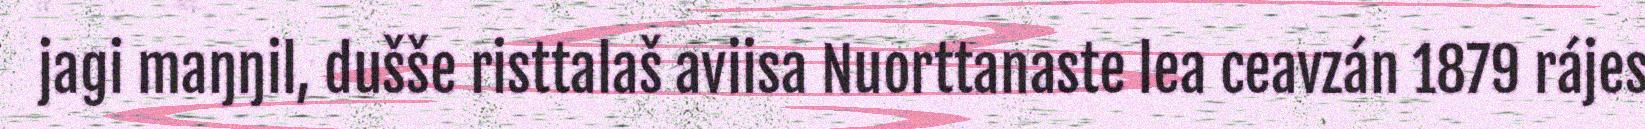
jagi maŋŋil, dušše risttalaš aviisa Nuorttanaste lea ceavzán 1879 rájes